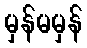
မှန်မမှန်